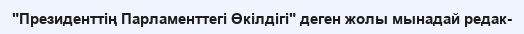
"Президенттің Парламенттегі Өкілдігі" деген жолы мынадай редак-